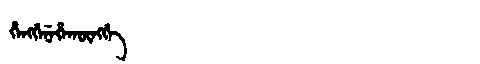
Manchu: ᡥᡝᠩᡤᡝᠨᡝᡥᠠᡴᡡᠩᡤᡝ
Romanization: HENGGENEHAKŪNGGE